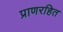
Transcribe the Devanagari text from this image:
प्राणरहित